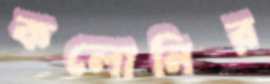
কলোনির